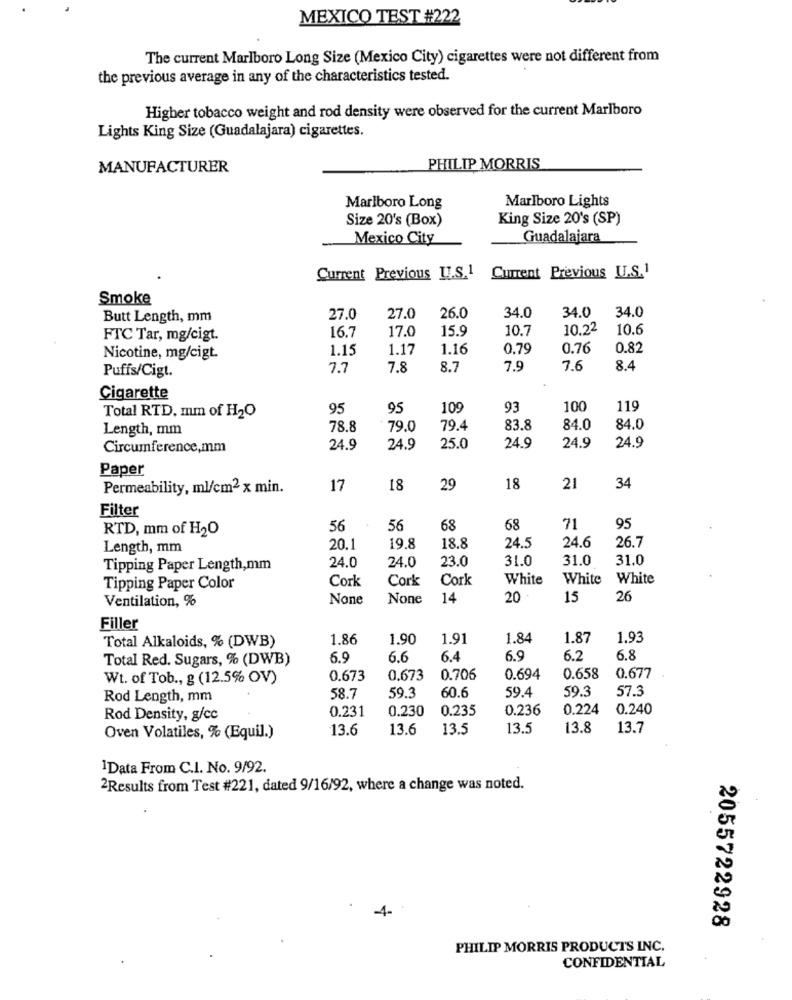
MEXICO TEST #222
The current Marlboro Long Size (Mexico City) cigarettes were not different from
the previous average in any of the characteristics tested.
Higher tobacco weight and rod density were observed for the current Marlboro
Lights King Size (Guadalajara) cigarettes.
MANUFACTURER
PHILIP MORRIS
Marlboro Long
Marlboro Lights
Size 20's (Box)
King Size 20's (SP)
Mexico City
Guadalajara
Current Previous LI.S.1
Current Previous U.S.1
Smoke
34.0
34.0
Butt Length, mm
27.0
27.0
26.0
34.0
16.7
17.0
15.9
10.7
10.22
10.6
FTC Tar, mg/cigt.
1.15
1.17
1.16
0.79
0.76
0.82
Nicotine, mg/cigt.
Puffs/Cigt.
7.7
7.8
8.7
7.9
7.6
8.4
Cigarette
95
95
109
93
100
119
Total RTD. mm of H2O
Length, mm
78.8
79.0
79.4
83.8
84.0
84.0
24.9
24.9
Circumference,mm
24.9
24.9
25.0
24.9
Paper
Permeability, ml/cm2 x min.
17
18
29
18
21
34
Filter
RTD, mm of H2O
56
56
68
68
71
95
26.7
Length, mm
20.1
19.8
18.8
24.5
24.6
24.0
23.0
31.0
31.0
31.0
Tipping Paper Length,mm
24.0
Cork
Cork
Cork
White
White
White
Tipping Paper Color
Ventilation, %
14
20
15
26
Filler
1.86
1.90
1.91
1.84
1.87
1.93
Total Alkaloids, % (DWB)
Total Red. Sugars, % (DWB)
6.9
6.6
6.4
6.9
6.2
6.8
Wt. of Tob ., g (12.5% OV)
0.673
0.673
0.706
0.694
0.658
0.677
59.3
60.6
59.4
59.3
57.3
Rod Length, mm
58.7
0.231
0.230
0.235
0.236
0.224
0.240
Rod Density, g/cc
13.6
13.6
13.5
13.5
13.8
13.7
Oven Volatiles, % (Equil.)
1Data From C.I. No. 9/92.
2Results from Test #221, dated 9/16/92, where a change was noted.
-4-
2055722928
PHILIP MORRIS PRODUCTS INC.
CONFIDENTIAL